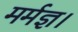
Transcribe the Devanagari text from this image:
मर्मज्ञ।